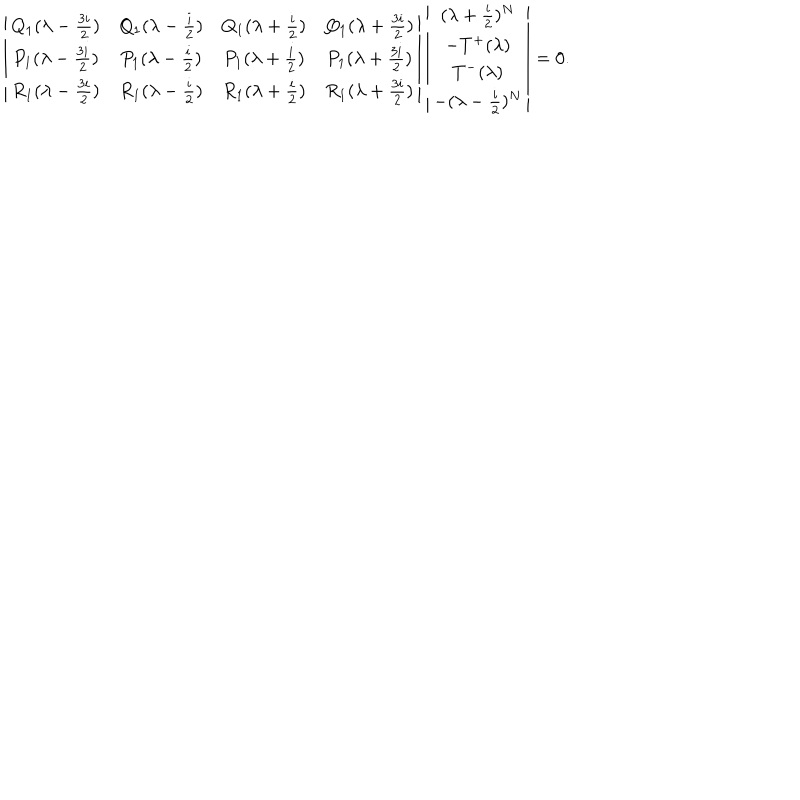
\left| \begin{array} { c c c c } { { Q _ { 1 } ( \lambda - \frac { 3 i } { 2 } ) } } & { { Q _ { 1 } ( \lambda - \frac { i } { 2 } ) } } & { { Q _ { 1 } ( \lambda + \frac { i } { 2 } ) } } & { { Q _ { 1 } ( \lambda + \frac { 3 i } { 2 } ) } } \\ { { P _ { 1 } ( \lambda - \frac { 3 i } { 2 } ) } } & { { P _ { 1 } ( \lambda - \frac { i } { 2 } ) } } & { { P _ { 1 } ( \lambda + \frac { i } { 2 } ) } } & { { P _ { 1 } ( \lambda + \frac { 3 i } { 2 } ) } } \\ { { R _ { 1 } ( \lambda - \frac { 3 i } { 2 } ) } } & { { R _ { 1 } ( \lambda - \frac { i } { 2 } ) } } & { { R _ { 1 } ( \lambda + \frac { i } { 2 } ) } } & { { R _ { 1 } ( \lambda + \frac { 3 i } { 2 } ) } } \\ \end{array} \right| \left| \begin{array} { c } { { ( \lambda + \frac { i } { 2 } ) ^ { N } } } \\ { { - T ^ { + } ( \lambda ) } } \\ { { T ^ { - } ( \lambda ) } } \\ { { - ( \lambda - \frac { i } { 2 } ) ^ { N } } } \\ \end{array} \right| = 0 .